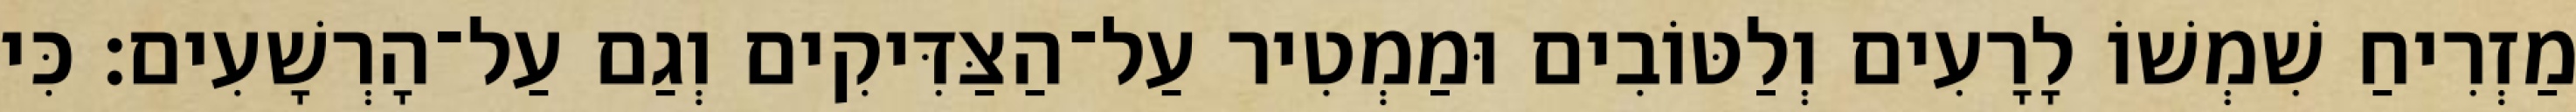
מַזְרִיחַ שִׁמְשׁוֹ לָרָעִים וְלַטּוֹבִים וּמַמְטִיר עַל־הַצַּדִּיקִים וְגַם עַל־הָרְשָׁעִים׃ כִּי